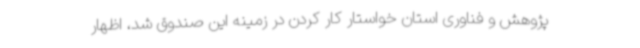
پژوهش و فناوری استان خواستار کار کردن در زمینه این صندوق شد، اظهار